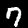
Digit: 7